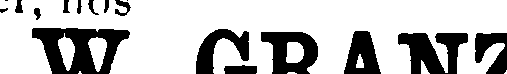
W. GRANZ.